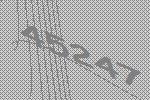
45247